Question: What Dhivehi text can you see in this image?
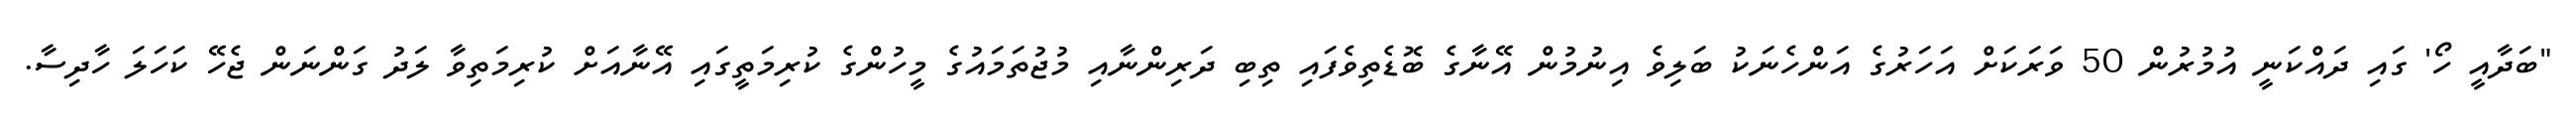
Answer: "ބަދާއީ ހޯ' ގައި ދައްކަނީ އުމުރުން 50 ވަރަކަށް އަހަރުގެ އަންހެނަކު ބަލިވެ އިނުމުން އޭނާގެ ބޮޑެތިވެފައި ތިބި ދަރިންނާއި މުޖުތަމައުގެ މީހުންގެ ކުރިމަތީގައި އޭނާއަށް ކުރިމަތިވާ ލަދު ގަންނަން ޖެހޭ ކަހަލަ ހާދިސާ.